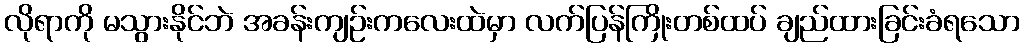
လိုရာကို မသွားနိုင်ဘဲ အခန်းကျဉ်းကလေးထဲမှာ လက်ပြန်ကြိုးတစ်ထပ် ချည်ထားခြင်းခံရသော